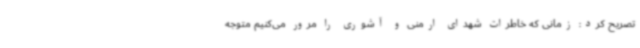
تصریح کرد: زمانی که خاطرات شهدای ارمنی و آشوری را مرور می‌کنیم متوجه